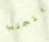
يتجنب